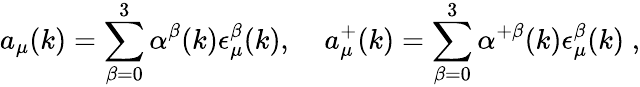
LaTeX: a_{\mu}(k)=\sum_{\beta=0}^{3}\alpha^{\beta}(k)\epsilon_{\mu}^{\beta}(k),\; \; \; \; a_{\mu}^{+}(k)=\sum_{\beta=0}^{3}\alpha^{+\beta}(k)\epsilon_{\mu}^{\beta}(k)\; ,